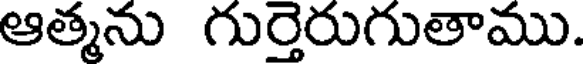
ఆత్మను గుర్తెరుగుతాము.